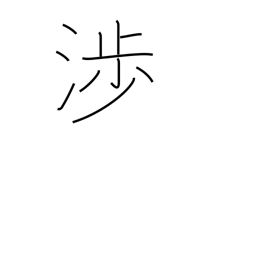
Meaning: go cross